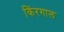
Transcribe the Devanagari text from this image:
किंरगाल